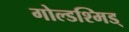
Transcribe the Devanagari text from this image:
गोल्डश्मिड्